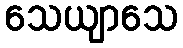
သေယျာသေ